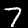
Digit: 7